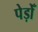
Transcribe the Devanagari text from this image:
पेड़ोँ